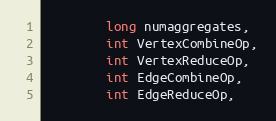
Language: Java
        long numaggregates,
        int VertexCombineOp,
        int VertexReduceOp,
        int EdgeCombineOp,
        int EdgeReduceOp,